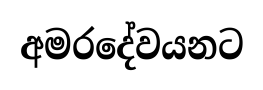
අමරදේවයනට